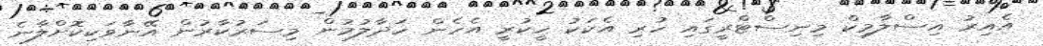
އެއިރު އިސްލާމިކް މިނިސްޓްރީގައި ހުރި އެކަކު ހީކުރީ އެހެން ހަދާލުމުން މިސަރުކާރުން އޭނާވަކިކޮށްލާނެ